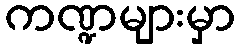
ကဏ္ဍများမှာ